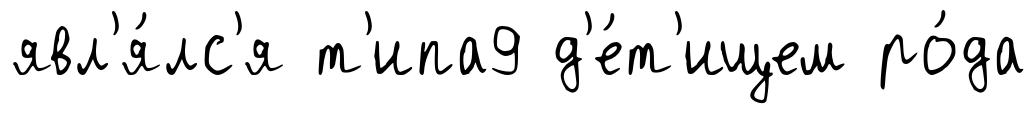
явл'я́лс'я т'ипа9 д'е́т'ищем ро́да